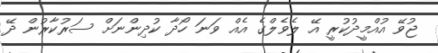
ޖުވޭ އުއްމީދުކުރީ އޭ ލެވެލްގެ އެއް ވަނަ ހޯދާ ކުދިންނަށް ސަރުކާރުން ދޭ